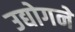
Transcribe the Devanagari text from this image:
उद्योगने